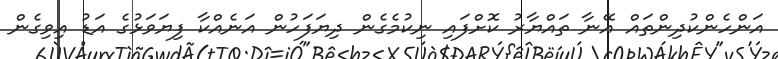
އަންހެންކުދިންތައް އޭނާ ތައްޔާރު ކޮށްފައި ނިކުމެގެން ދިޔަފަހުން އަނެއްކާ ފިޔަވަޅުގެ އަޑު އިވިގެން